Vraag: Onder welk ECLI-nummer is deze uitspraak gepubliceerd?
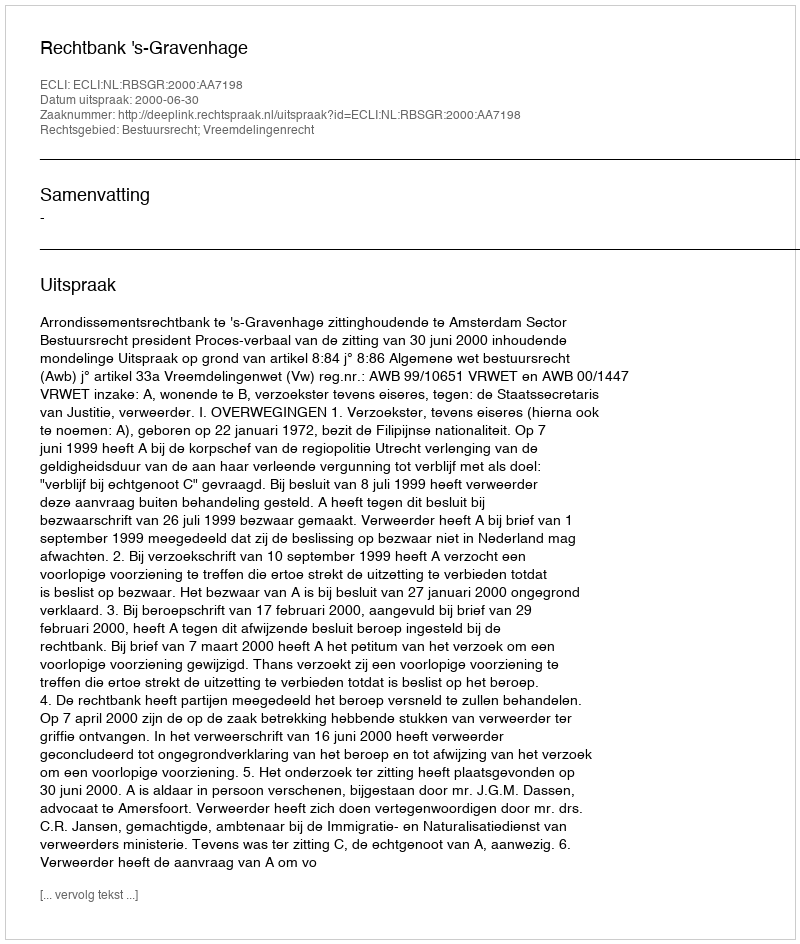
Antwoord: ECLI:NL:RBSGR:2000:AA7198